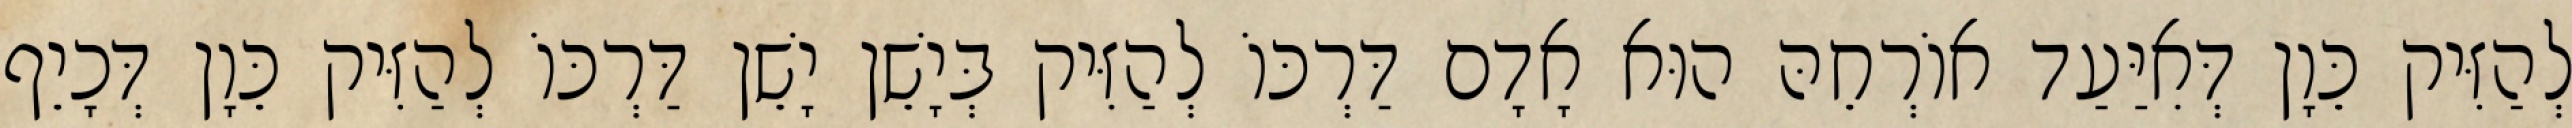
לְהַזִּיק כֵּוָן דְּאִיַּעַד אוֹרְחֵהּ הוּא אָדָם דַּרְכּוֹ לְהַזִּיק בְּיָשֵׁן יָשֵׁן דַּרְכּוֹ לְהַזִּיק כֵּוָן דְּכָיֵף